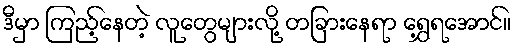
ဒီမှာ ကြည့်နေတဲ့ လူတွေများလို့ တခြားနေရာ ရွှေ့ရအောင်။